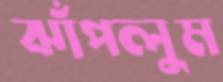
ঝাঁপলুম